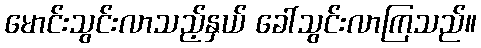
မောင်းသွင်းလာသည့်နှယ် ခေါ်သွင်းလာကြသည်။